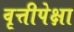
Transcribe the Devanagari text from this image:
वृत्तीपेक्षा